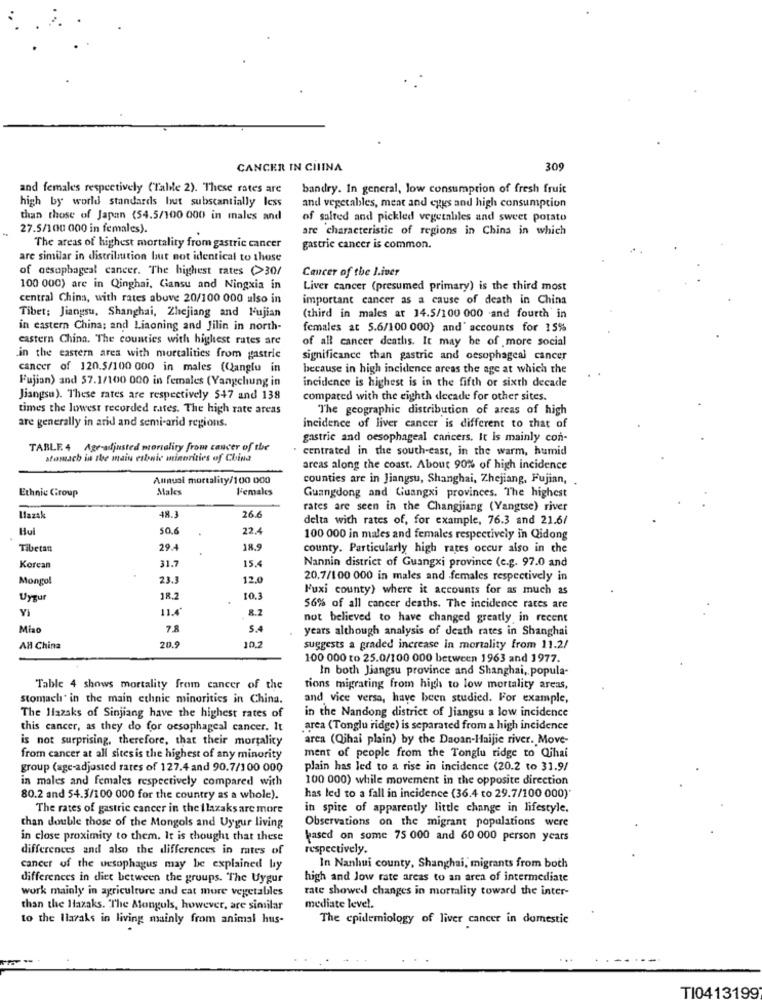
CANCER IN CHINA
309
and females respectively ("Talde 2). These rates are
bandry. In general, low consumption of fresh fruit
high by world standards but substantially less
and vegetables, meat and eggs and high consumption
than those of Japan (54.5/100 000 in males and
of salted and pickled vegetables and sweet potato
27.5/100 000 in females).
are characteristic of regions in China in which
The areas of highest mortality from gastric cancer
gastric cancer is common.
are similar in distribution but not identical to those
of oesophageal cancer. The highest rates (>30/
Cancer of the liver
100 000) are in Qinghai, Gansu and Ningxia in
Liver cancer (presumed primary) is the third most
central China, with rates abuve 20/100 000 also in
important cancer as a cause of death in China
Tibet: Jiangsu, Shanghai, Zhejiang and l'ujian
(third in males at 14.5/100 000 and fourth in
in eastern China; and Liaoning and Jilin in north-
females at 5.6/100 000) and" accounts for 15%
castern China. The counties with highest rates are
of all cancer deaths. It may be of more social
in the eastern ares with mortalities from gastric
significance than gastric and oesophageal cancer
cancer of 120.5/100 000 in males (Qanglu in
because in high incidence areas the age at which the
Fujian) and 57.1/100 000 in females (Yangchung in
incidence is highest is in the fifth or sixth decade
Jiangsu). These rates are respectively 547 and 138
compared with the eighth decade for other sites.
times the lowest recorded rates. The high rate areas
The geographic distribution of areas of high
are generally in arid and semi-arid regions.
incidence of liver cancer is different to that of
gastric and oesophageal cancers. It is mainly con-
TABLE 4 Age-adjusted mortality from cancer of the
centrated in the south-east, in the warm, humid
stomach in the main etbonic minorities of China
areas along the coast. About 90% of high incidence
Annual mortality/100 000
counties are in Jiangsu, Shanghai, Zhejiang, Fujian, .
Ethnic Group
Males
Females
Guangdong and Guangxi provinces. The highest
rates are seen in the Changjiang (Yangtse) river
Mazak
48.3
26.6
delta with rates of, for example, 76.3 and 21.6/
Hui
50.6
22.4
100 000 in males and females respectively in Qidong
Tibetan
29.4
18.9
county. Particularly high rates occur also in the
31.7
15.4
Korean
Nannin district of Guangxi province (c.g. 97.0 and
Mongol
23.3
12.0
20.7/100 000 in males and females respectively in
Fuxi county) where it accounts for as much as
Uygur
18.2
10.3
Vi
11.4
8.2
56% of all cancer deaths. The incidence rates are
not believed to have changed greatly in recent
Miso
7.8
S.4
years although analysis of death rates in Shanghai
20.9
AH China
10.2
suggests a graded increase in mortality from 11.2/
100 000 to 25.0/100 000 between 1963 and 1977.
In both Jiangsu province and Shanghai, popula-
Table 4 shows mortality from cancer of the
tions migrating from high to low mortality areas,
stomach' in the main ethnic minorities in China.
and vice versa, have been studied. For example,
The Hlazaks of Sinjiang have the highest rates of
in the Nandong district of Jiangsu a low incidence
this cancer, as they do for oesophageal cancer. It
area (Tonglu ridge) is separated from a high incidence
is not surprising, therefore, that their mortality
arca (Qihai plain) by the Daoan-Haijie river. Move-
from cancer at all sites is the highest of any minority
ment of people from the Tonglu ridge to Qhai
group (age-adjusted rates of 127.4 and 90.7/100 000
plain has led to a rise in incidence (20.2 to 31.9/
in males and females respectively compared with
100 000) while movement in the opposite direction
80.2 and 54.3/100 000 for the country as a whole).
has led to a fall in incidence (36.4 to 29.7/100 000)
The rates of gastric cancer in the Ilazaks are more
in spite of apparently little change in lifestyle.
Observations on the migrant populations were
than double those of the Mongols and Uygur living
in close proximity to them. It is thought that these
based on some 75 000 and 60 000 person years
differences and also the differences in mtes of
respectively.
cancer of the uesophagus may be explained by
In Nanhui county, Shanghai, migrants from both
differences in diet between the groups. The Uygur
high and low rate areas to an area of intermediate
work mainly in agriculture and cat more vegetables
rate showed changes in mortality toward the inter-
than the Hazaks. The Mongols, however, are similar
mediate level.
to the Ilaraks in living mainly from animal hus-
The epidemiology of liver cancer in domestic
T10413199